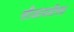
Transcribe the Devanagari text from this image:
सीआयडीसह